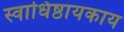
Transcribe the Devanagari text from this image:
स्वाधिष्ठायकाय